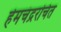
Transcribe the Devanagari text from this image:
हेमचंद्ररचित